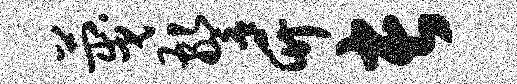
蔑警竹长